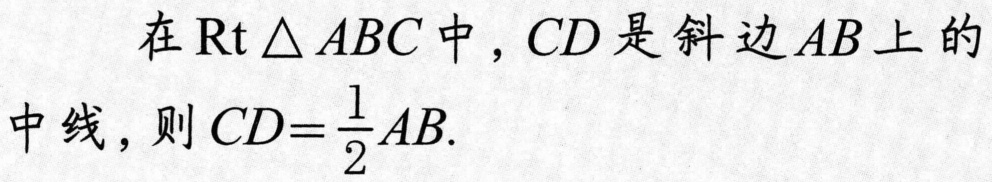
在\(\mathrm{Rt}\triangle ABC\)中，\(CD\)是斜边\(AB\)上的中线，则\(CD = \frac{1}{2}AB\)．